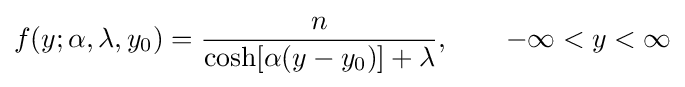
f(y;\alpha ,\lambda ,y_{0})={\frac {n}{\cosh[\alpha (y-y_{0})]+\lambda }},\qquad -\infty <y<\infty